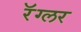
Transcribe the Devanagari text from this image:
रॅग्लर